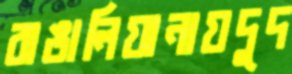
বাঙালিয়ানায়দুদ